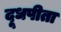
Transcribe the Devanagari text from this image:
दूधपीता